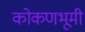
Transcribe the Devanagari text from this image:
कोकणभूमी